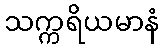
သက္ကရိယမာနံ